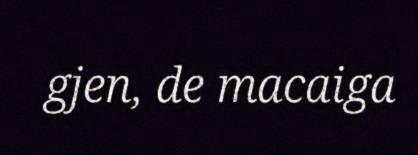
gjen, de macaiga